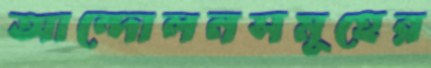
আন্দোলনসমূহের